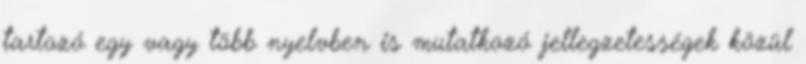
tartozó egy vagy több nyelvben is mutatkozó jellegzetességek közül